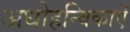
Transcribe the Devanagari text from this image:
अधोहन्विकाएँ